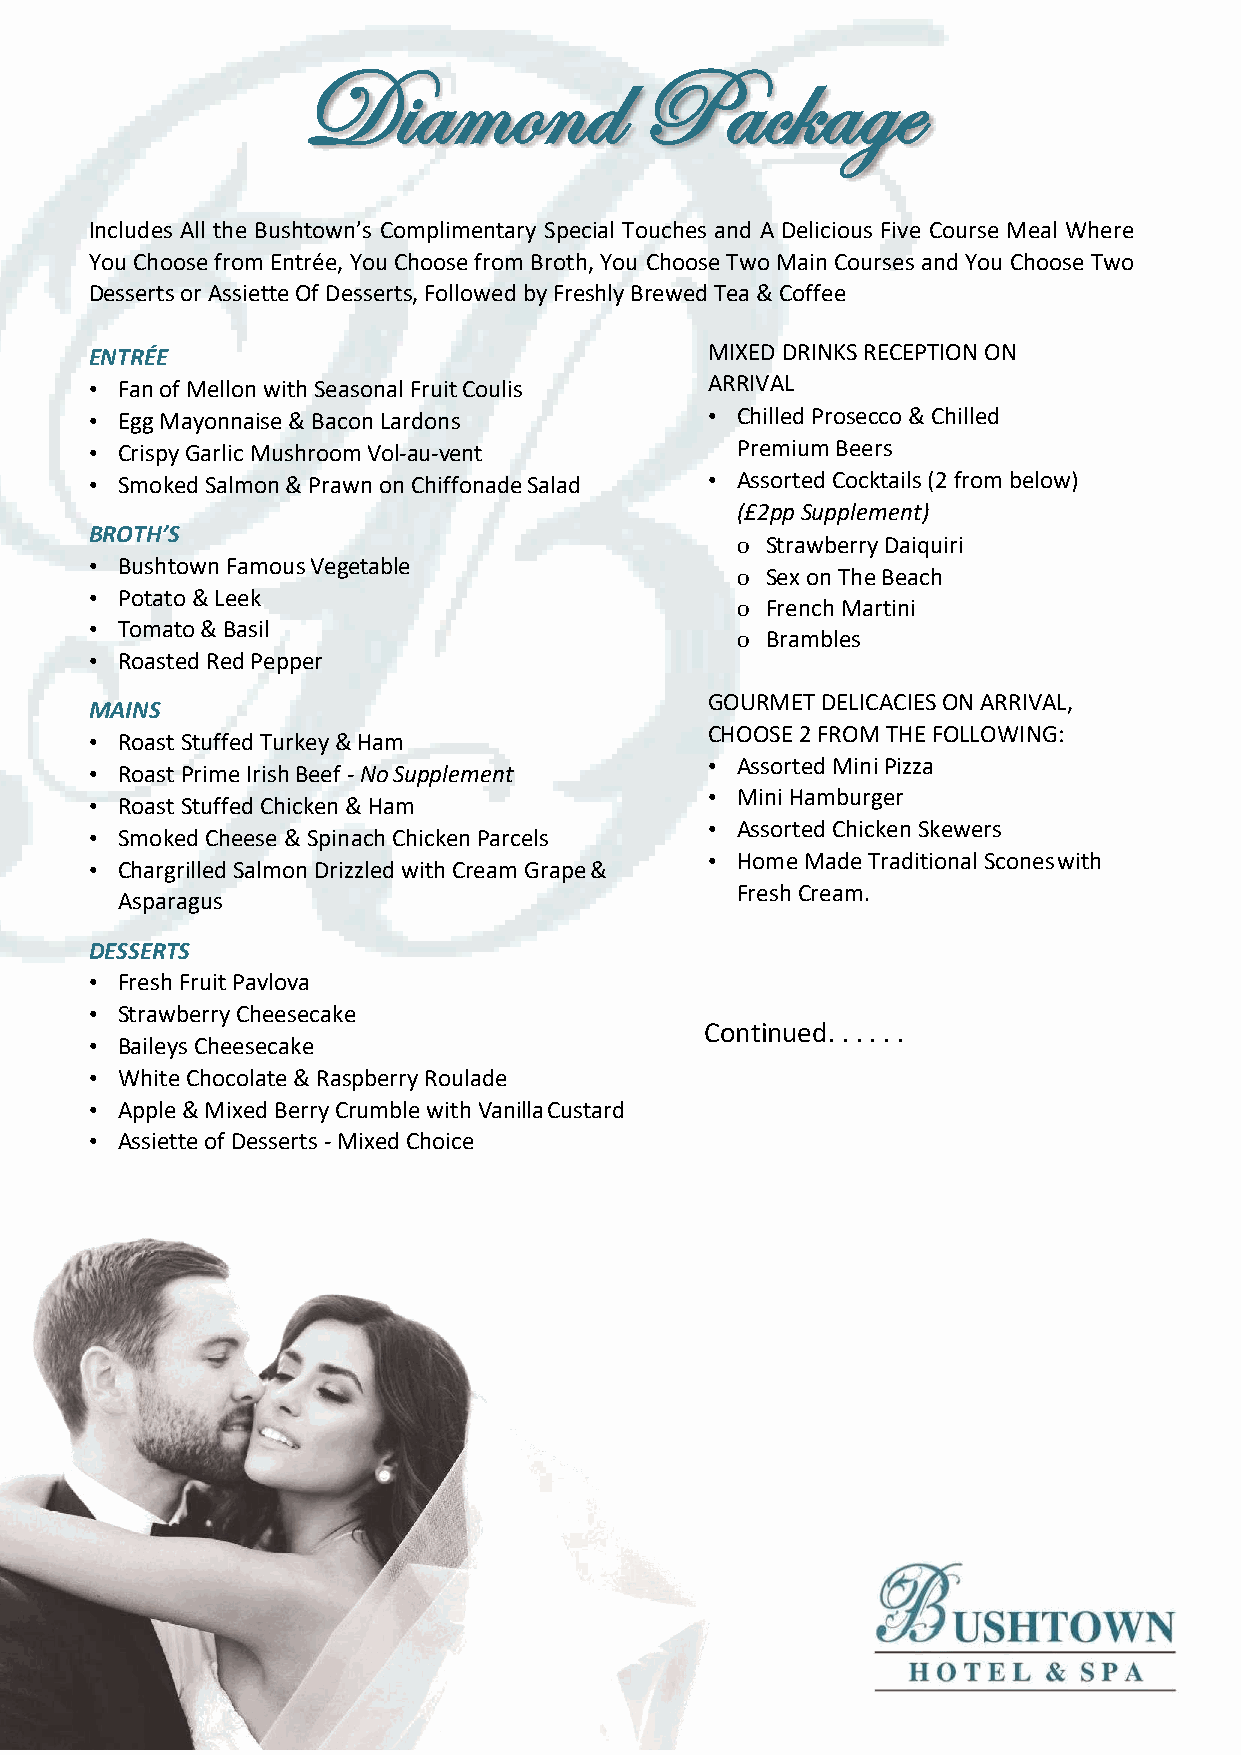
Diamond               Package
 Includes All the Bushtown’s Complimentary Special Touches and A Delicious Five Course Meal Where
 You Choose from Entrée, You Choose from Broth, You Choose Two Main Courses and You Choose Two
 Desserts or Assiette Of Desserts, Followed by Freshly Brewed Tea & Coffee
 ENTRÉE                                   MIXED DRINKS RECEPTION ON
 • Fan of Mellon with Seasonal Fruit Coulis ARRIVAL
 • Egg Mayonnaise & Bacon Lardons         • Chilled Prosecco & Chilled
 • Crispy Garlic Mushroom Vol-au-vent       Premium Beers
 • Smoked Salmon & Prawn on Chiffonade Salad • Assorted Cocktails (2 from below)
 (£2pp Supplement)
 BROTH’S
 o Strawberry Daiquiri
 • Bushtown Famous Vegetable
 o Sex on The Beach
 • Potato & Leek
 o French Martini
 • Tomato & Basil
 o Brambles
 • Roasted Red Pepper
 GOURMET DELICACIES ON ARRIVAL,
 MAINS
 CHOOSE 2 FROM THE FOLLOWING:
 • Roast Stuffed Turkey & Ham
 • Assorted Mini Pizza
 • Roast Prime Irish Beef - No Supplement
 • Mini Hamburger
 • Roast Stuffed Chicken & Ham
 • Assorted Chicken Skewers
 • Smoked Cheese & Spinach Chicken Parcels
 • Home Made Traditional Scones with
 • Chargrilled Salmon Drizzled with Cream Grape &
 Fresh Cream.
 Asparagus
 DESSERTS
 • Fresh Fruit Pavlova
 • Strawberry Cheesecake
 Continued. . . . . .
 • Baileys Cheesecake
 • White Chocolate & Raspberry Roulade
 • Apple & Mixed Berry Crumble with Vanilla Custard
 • Assiette of Desserts - Mixed Choice